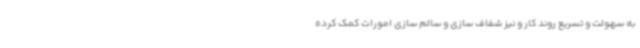
به سهولت و تسریع روند کار و نیز شفاف سازی و سالم سازی امورات کمک کرده